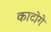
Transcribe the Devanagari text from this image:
काटोगे